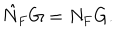
LaTeX: \hat { N } _ { \mathrm { F } } G = N _ { \mathrm { F } } G .